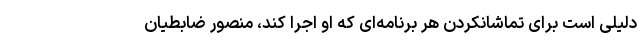
دلیلی است برای تماشا‌نکردن هر برنامه‌ای که او اجرا ‌کند، منصور ضابطیان